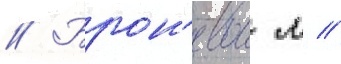
// Брон'евои л //